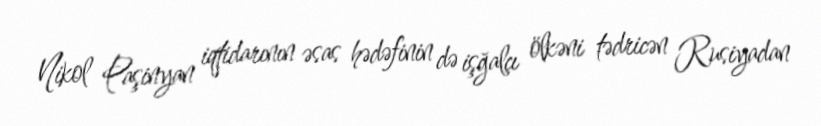
Nikol Paşinyan iqtidarının əsas hədəfinin də işğalçı ölkəni tədricən Rusiyadan